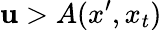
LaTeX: \mathbf{u}>A(x^{\prime},x_{t})